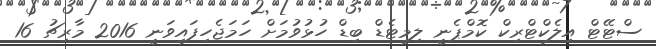
ސްޓޭޓް އިލެކްޓްރިކް ކޮމްޕެނީ ލިމިޓެޑް ބިޑް ހުޅުވުމަށް ހަމަޖެހިފައިވަނީ 2016 މާރިޗު 16